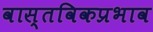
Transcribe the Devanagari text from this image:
वास्तविकप्रभाव